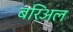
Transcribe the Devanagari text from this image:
बरिअल